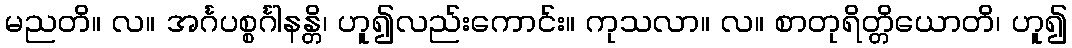
မညတိ။ လ။ အင်္ဂပစ္စင်္ဂါနန္တိ၊ ဟူ၍လည်းကောင်း။ ကုသလာ။ လ။ စာတုရိတ္တိယောတိ၊ ဟူ၍